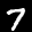
Digit: 7